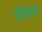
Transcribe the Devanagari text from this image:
अप्रसन